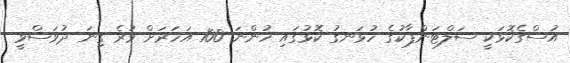
އުސްގެކޮޅަކީ ސަލްޓަންޕާކުގެ ހުޅަނގު ކޮޅުގައި ހުންނަ 100 އަހަރަށް ވުރެ ގިނަ ދުވަސްވީ